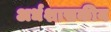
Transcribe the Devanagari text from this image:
अर्धशासकीय